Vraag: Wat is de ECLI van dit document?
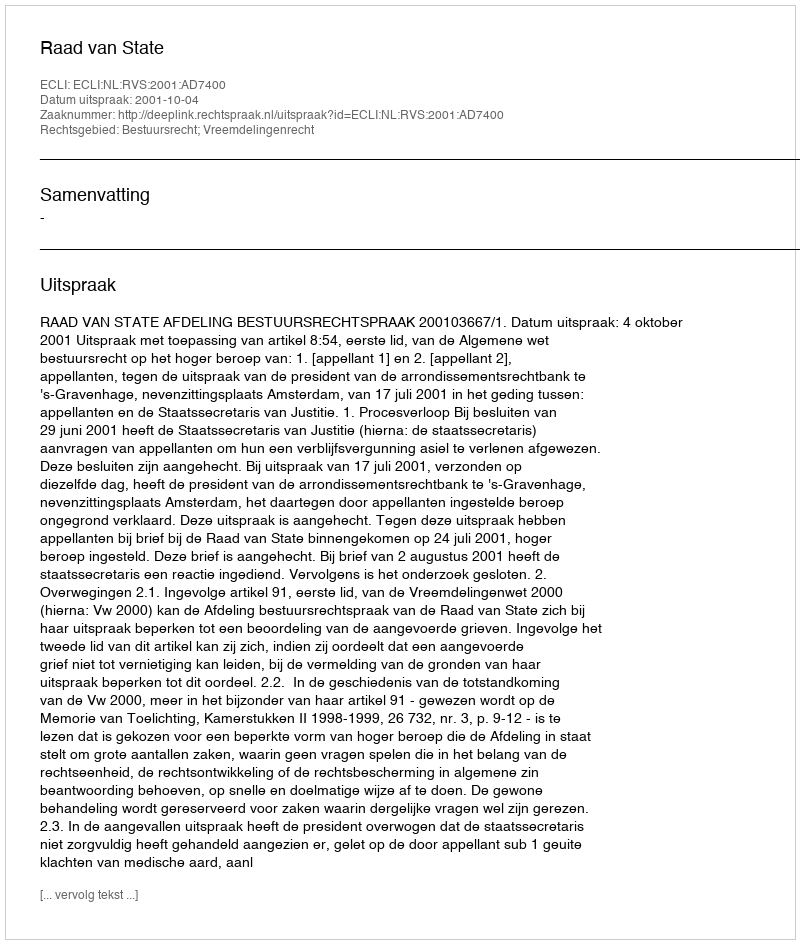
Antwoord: ECLI:NL:RVS:2001:AD7400